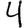
Digit: 4